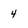
Character: 4